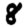
Digit: 8